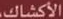
الأكشاك